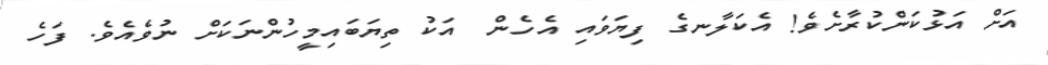
އަށް އަޅުކަންކުރާށެވެ! އެކަލާނގެ ފިޔަވައި އެހެން  އަކު ތިޔަބައިމީހުންނަކަށް ނުވެއެވެ. ފަހެ